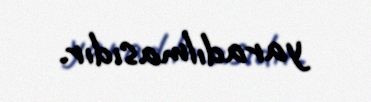
yaradılmasıdır.